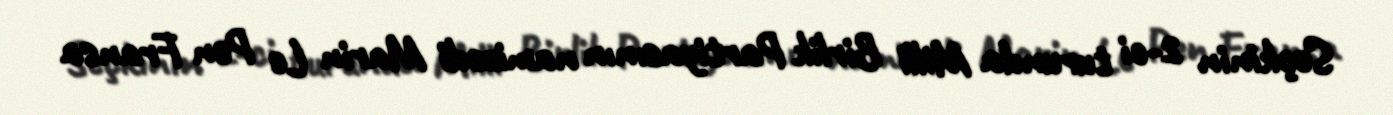
Seçkinin 2-ci turunda Milli Birlik Partiyasının namizədi Marin Le Pen Fransa